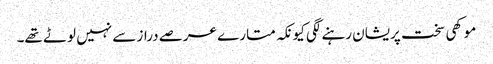
موکھی سخت پریشان رہنے لگی کیونکہ متارے عرصے دراز سے نہیں لوٹے تھے۔